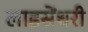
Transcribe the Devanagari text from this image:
लाइसेंधरी